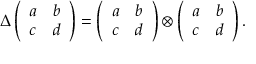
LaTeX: \Delta \left( \begin{array} { l l } { { a } } & { { b } } \\ { { c } } & { { d } } \end{array} \right) = \left( \begin{array} { l l } { { a } } & { { b } } \\ { { c } } & { { d } } \end{array} \right) \otimes \left( \begin{array} { l l } { { a } } & { { b } } \\ { { c } } & { { d } } \end{array} \right) .